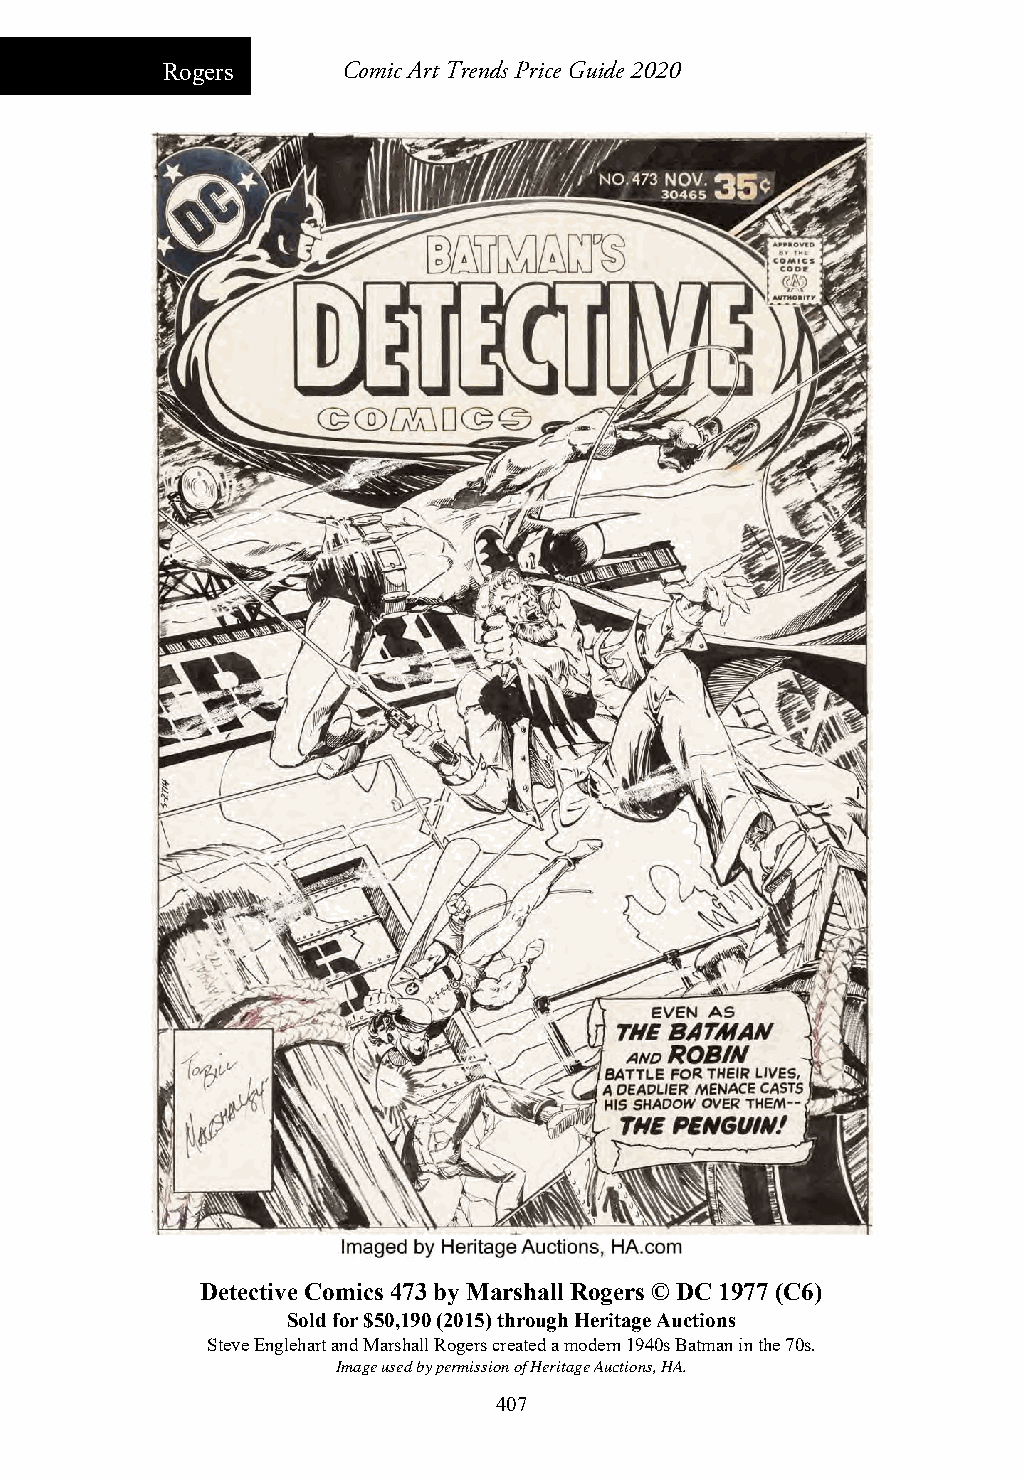
Rogers      Comic Art Trends Price Guide 2020
 Detective Comics 473 by Marshall Rogers © DC 1977 (C6)
 Sold for $50,190 (2015) through Heritage Auctions
 Steve Englehart and Marshall Rogers created a modern 1940s Batman in the 70s.
 Image used by permission of Heritage Auctions, HA.
 407